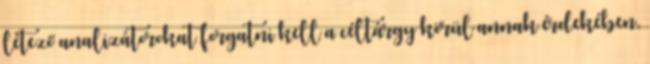
létező analizátorokat forgatni kell a céltárgy körül annak érdekében,